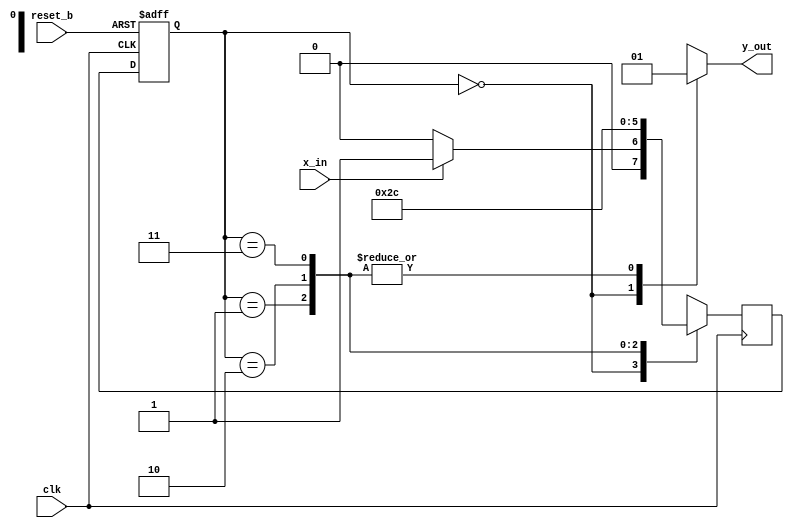
//This is a moore machine.
//In a state machien diagram the numbers inside the circles have the current state on top and the output on the bottom.
//(He reccomends we build a test bench - requires GTK Wave)

`timescale 1ns/100ps
`default_nettype none

module StateDiagram(output y_out, input x_in, clk, reset_b);
  reg [1: 0] state, next_state;
  reg output_state;
  parameter S0 = 3'b000, S1 = 3'b001, S2 = 3'b010, S3 = 3'b011, S4 = 3'b100, S5 = 3'b101;

  // Change state on the rising edge of the clock or rest on negative edge
  always @ (posedge clk, negedge reset_b)
    begin
      if (reset_b == 0)
        state <= S0;
      else
        state <= next_state;
    end

  always @ (state)
    begin
      case (state)
        S0:
          output_state <= 1'b0;
        S1:
          output_state <= 1'b1;
        S2:
          output_state <= 1'b1;
        S3:
          output_state <= 1'b1;
        S4:
          output_state <= 1'b0;
        S5:
          output_state <= 1'b0;
      endcase
    end


  assign y_out = output_state;

  always @ (negedge clk)
    begin
      case (state)
        S0:
          if(x_in == 1'b0)
            next_state = S0;
          else
            next_state = S1;
        S1:
          next_state = S2;
        S2:
          next_state = S3;
        S3:
          next_state = S4;
        S4:
          next_state = S5;
        S5:
          next_state = S0;
      endcase
    end
endmodule